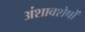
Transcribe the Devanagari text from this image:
अंशावशेषों